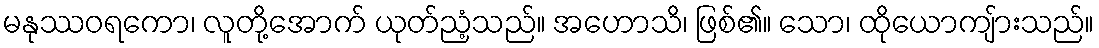
မနုဿဝရကော၊ လူတို့အောက် ယုတ်ညံ့သည်။ အဟောသိ၊ ဖြစ်၏။ သော၊ ထိုယောကျ်ားသည်။